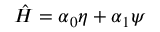
\hat { H } = \boldsymbol { \alpha } _ { 0 } \eta + \boldsymbol { \alpha } _ { 1 } \psi